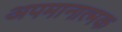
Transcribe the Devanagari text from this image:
अपमानात्मक